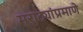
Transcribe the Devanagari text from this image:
मराठ्यांप्रमाणे